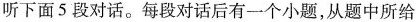
听下面5段对话。每段对话后有一个小题，从题中所给